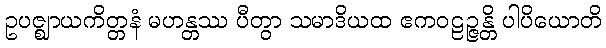
ဥပဇ္ဈာယကိတ္တနံ မဟန္တဿ ပီတွာ သမာဒိယထ ဧကဝဠဉ္ဇန္တိ ပါပိယောတိ